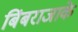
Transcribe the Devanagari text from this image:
बिंबराजाके